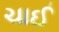
ચાઈ